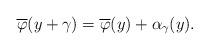
LaTeX: \begin{align*} \overline{\varphi}(y+\gamma)= \overline{\varphi} (y) + \alpha_{\gamma} (y).\end{align*}